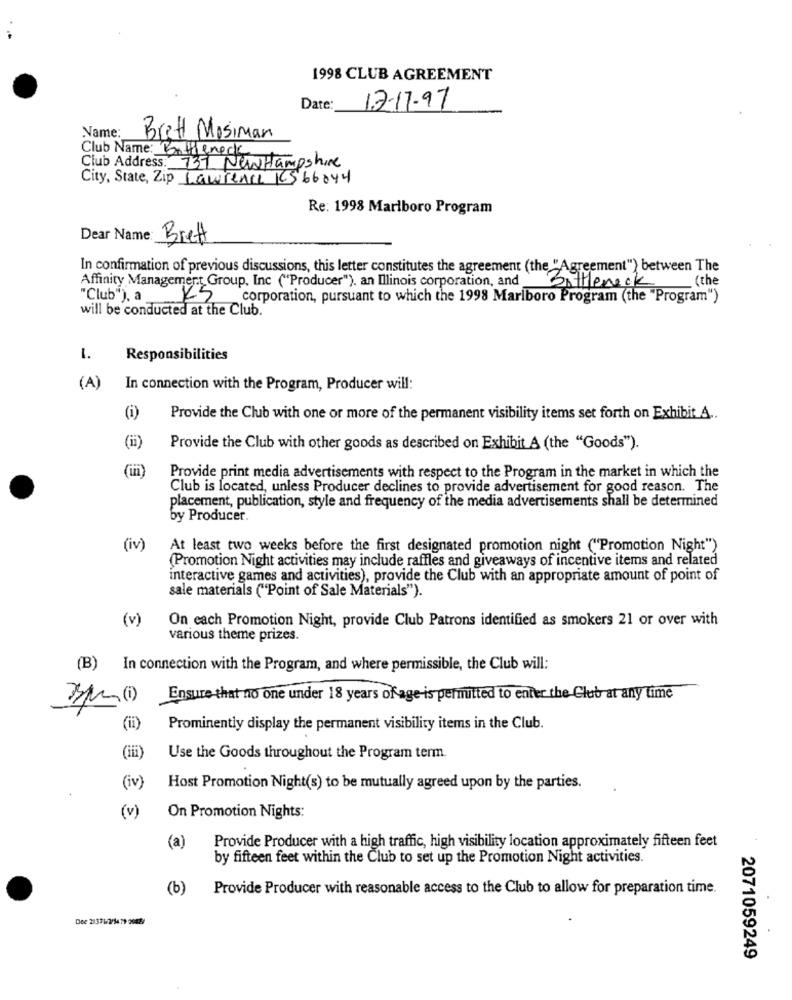
1998 CLUB AGREEMENT
Date:
17-17-97
Name:
Brett Mosiman
Club Name: Bottleneck
Club Address: 737 NewHampshire
City, State, Zip Lawrence KS66044
Re: 1998 Marlboro Program
Dear Name: Brett
In confirmation of previous discussions, this letter constitutes the agreement (the "Agreement") between The
Affinity Management Group, Inc ("Producer"). an Illinois corporation, and
Bottleneck
_ (the
"Club"), a
1KS
corporation, pursuant to which the 1998 Marlboro Program (the "Program")
will be conducted at the Club.
1.
Responsibilities
(A)
In connection with the Program, Producer will:
(i)
Provide the Club with one or more of the permanent visibility items set forth on Exhibit A ..
(ii)
Provide the Club with other goods as described on Exhibit A (the "Goods").
(in)
Provide print media advertisements with respect to the Program in the market in which the
Club is located, unless Producer declines to provide advertisement for good reason. The
placement, publication, style and frequency of the media advertisements shall be determined
by Producer.
(iv)
At least two weeks before the first designated promotion night ("Promotion Night")
(Promotion Night activities may include raffles and giveaways of incentive items and related
interactive games and activities), provide the Club with an appropriate amount of point of
sale materials ("Point of Sale Materials").
(v)
On each Promotion Night, provide Club Patrons identified as smokers 21 or over with
various theme prizes.
(B) In connection with the Program, and where permissible, the Club will:
Ensure that no one under 18 years of age-is permitted to enter the Club at any time
(ii)
Prominently display the permanent visibility items in the Club.
(iii)
Use the Goods throughout the Program term.
(iv)
Host Promotion Night(s) to be mutually agreed upon by the parties.
(v)
On Promotion Nights:
(a)
Provide Producer with a high traffic, high visibility location approximately fifteen feet
by fifteen feet within the Club to set up the Promotion Night activities.
(b)
Provide Producer with reasonable access to the Club to allow for preparation time.
Dee 21376/2/5479 2082/
2071059249